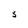
Character: S